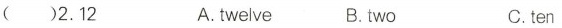
（）2.12 A.twelve B.two C.ten